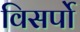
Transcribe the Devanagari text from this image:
विसर्पो